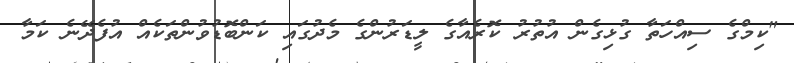
"ކިމްގެ ސިއްހަތާ ގުޅިގެން އުތުރު ކޮރެއާގެ ލީޑަރުންގެ މެދުގައި ކަންބޮޑުވުންތަކެއް އުފެދޭނެ ކަމާ